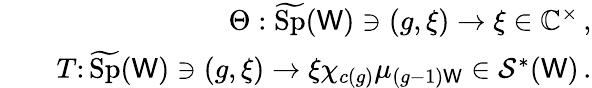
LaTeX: \begin{array}{rlr}&{}&{\Theta:\widetilde{\mathrm{Sp}}(\mathsf{W})\ni(g,\xi)\to\xi\in\mathbb{C}^{\times}\, ,}\\ &{}&{T\colon\widetilde{\mathrm{Sp}}(\mathsf{W})\ni(g,\xi)\to\xi\chi_{c(g)}\mu_{(g-1)\mathsf{W}}\in\mathcal{S}^{*}(\mathsf{W})\, .}\end{array}